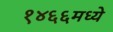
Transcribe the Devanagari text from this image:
१४६६मध्ये